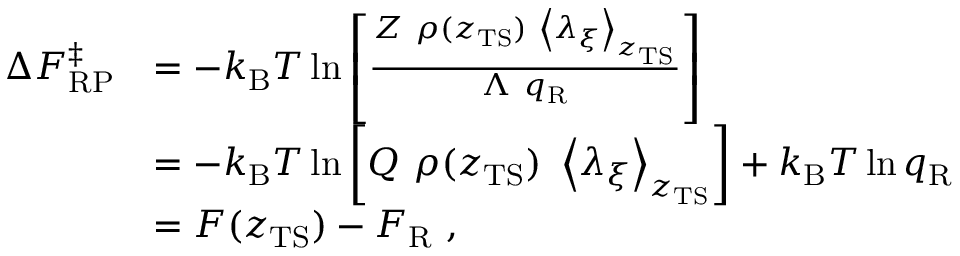
\begin{array} { r l } { \Delta F _ { \mathrm { R P } } ^ { \ddagger } } & { = - k _ { \mathrm { B } } T \ln \left[ \frac { Z \ \rho ( z _ { \mathrm { T S } } ) \ \left< \lambda _ { \xi } \right> _ { z _ { \mathrm { T S } } } } { \Lambda \ q _ { \mathrm { R } } } \right] } \\ & { = - k _ { \mathrm { B } } T \ln \left[ Q \ \rho ( z _ { \mathrm { T S } } ) \ \left< \lambda _ { \xi } \right> _ { z _ { \mathrm { T S } } } \right] + k _ { \mathrm { B } } T \ln q _ { \mathrm { R } } } \\ & { = F ( z _ { \mathrm { T S } } ) - F _ { \mathrm { R } } \ , } \end{array}